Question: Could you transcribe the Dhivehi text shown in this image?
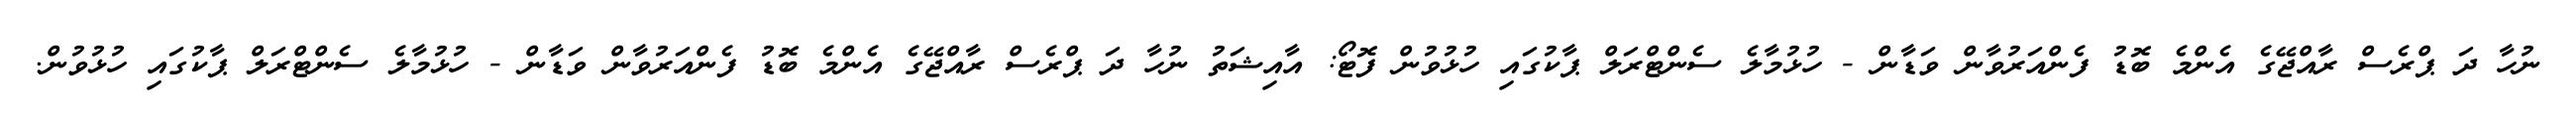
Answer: ނުހާ ދަ ޕްރެސް ރާއްޖޭގެ އެންމެ ބޮޑު ފެންއަރުވާން ވަޑާން - ހުޅުމާލެ ސެންޓްރަލް ޕާކުގައި ހުޅުވުން ފޮޓޯ: އާއިޝަތު ނުހާ ދަ ޕްރެސް ރާއްޖޭގެ އެންމެ ބޮޑު ފެންއަރުވާން ވަޑާން - ހުޅުމާލެ ސެންޓްރަލް ޕާކުގައި ހުޅުވުން.